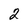
Character: 2